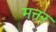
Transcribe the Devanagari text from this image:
मत्तर